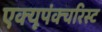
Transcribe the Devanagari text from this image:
एक्यूपंक्चरिस्ट